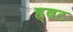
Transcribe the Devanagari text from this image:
ह्र्बट